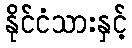
နိုင်ငံသားနှင့်